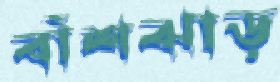
বাঁশঝাড়